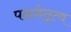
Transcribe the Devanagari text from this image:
पक्षनेतृत्व